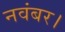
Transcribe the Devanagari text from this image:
नवंबर।